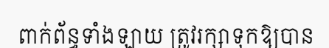
ពាក់ព័ន្ធទាំងឡាយ ត្រូវរក្សាទុកឱ្យបាន